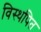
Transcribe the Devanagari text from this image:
विस्थपित